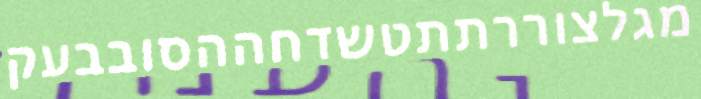
מגלצוררתתטשדחההסובבעק